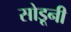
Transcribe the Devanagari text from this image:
सोडूनी